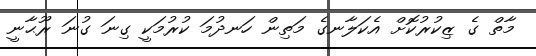
މާތް ގެ ޒިކުރުކޮށް އެކަލާނގެ މަތިން ހަނދުމަ ކުރުމަކީ ގިނަ ގުނަ ރޫޙާނީ